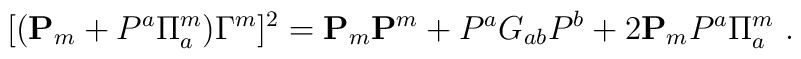
[({\bf P}_{m} + P^a \Pi _a ^m) \Gamma^m]^2 = {\bf P}_{m} {\bf P}^{m} +P^{a}G_{ab}P^{b} + 2 {\bf P}_{m} P^a \Pi _a ^m \ .